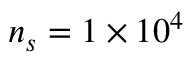
n _ { s } = 1 \times 1 0 ^ { 4 }